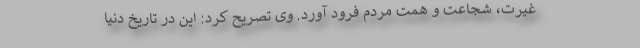
غیرت، شجاعت و همت مردم فرود آورد. وی تصریح کرد: این در تاریخ دنیا